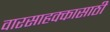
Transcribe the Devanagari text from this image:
वारसाहक्कासाठी